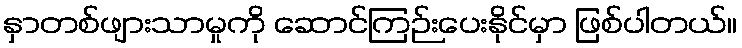
နှာတစ်ဖျားသာမှုကို ဆောင်ကြဉ်းပေးနိုင်မှာ ဖြစ်ပါတယ်။